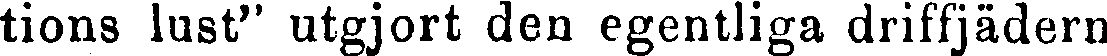
tions lust" utgjort den egentliga driffjädern